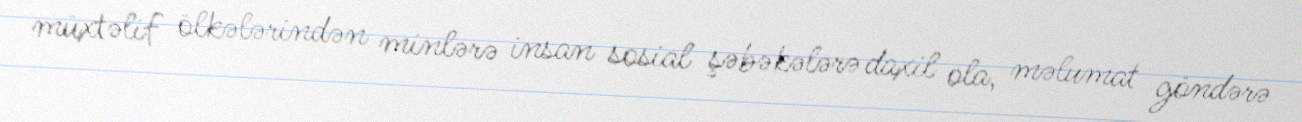
müxtəlif ölkələrindən minlərə insan sosial şəbəkələrə daxil ola, məlumat göndərə